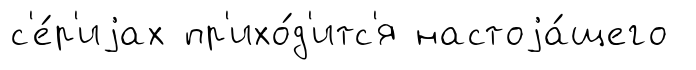
с'е́р'иjах пр'ихо́д'итс'я настоjа́щего